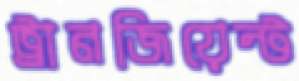
ট্রানজিয়েন্ট